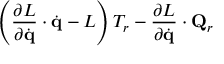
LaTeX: \left( { \frac { \partial L } { \partial { \dot { \mathbf { q } } } } } \cdot { \dot { \mathbf { q } } } - L \right) T _ { r } - { \frac { \partial L } { \partial { \dot { \mathbf { q } } } } } \cdot \mathbf { Q } _ { r }